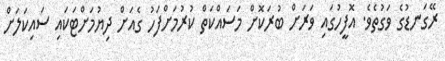
ރޭގަނޑުގެ ވަގުތެވެ. އޮފީހުގައި ވަރަށް ބުރަކޮށް މަސައްކަތް ކުރުމަށްފަހު ގެއަށް ދިޔުމަށްޓަކައި ސައިކަލަށް